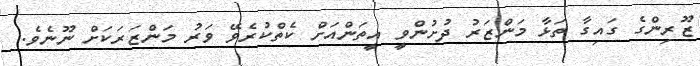
ޒޫރިންގެ ގައިގާ ތަޅާ މަންޒަރު ދުށުންވީ އީތަންއަށް ކެތްކުރެވޭ ވަރު މަންޒަރަކަށް ނޫނެވެ.